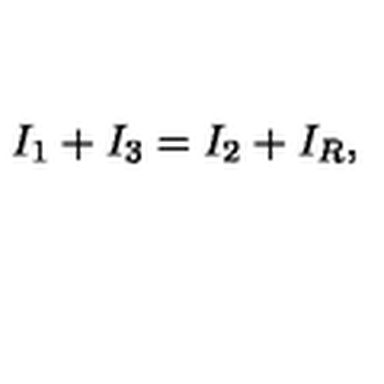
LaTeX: I _ { 1 } + I _ { 3 } = I _ { 2 } + I _ { R } ,